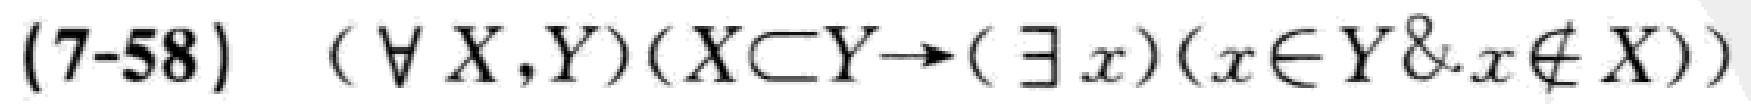
(7-58) $(\forall X,Y)(X\subset Y\rightarrow(\exists x)(x\in Y\& x\notin X))$